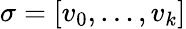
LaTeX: \sigma=[v_{0},\dots,v_{k}]